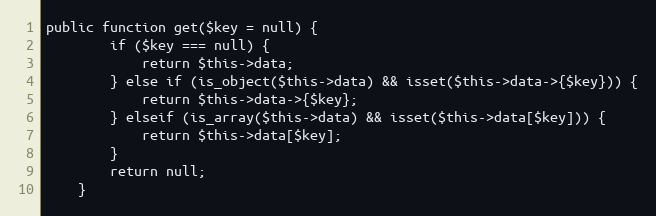
Language: PHP
public function get($key = null) {
		if ($key === null) {
			return $this->data;
		} else if (is_object($this->data) && isset($this->data->{$key})) {
			return $this->data->{$key};
		} elseif (is_array($this->data) && isset($this->data[$key])) {
			return $this->data[$key];
		}
		return null;
	}